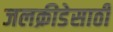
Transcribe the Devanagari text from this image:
जलक्रीडेसाठी